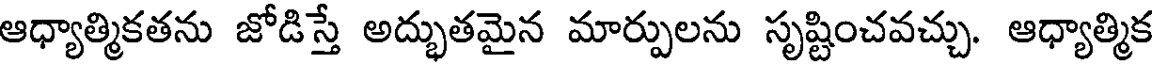
ఆధ్యాత్మికతను జోడిస్తే అద్భుతమైన మార్పులను సృష్టించవచ్చు. ఆధ్యాత్మిక